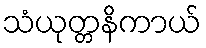
သံယုတ္တနိကာယ်